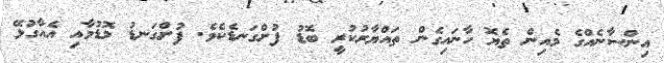
އިންސާނެއްގެ މެއިން ތެޔޮ ހާނައިގެން ތައްޔާރުކުރީ ބޮޑު ފުށްގަނޑެކެވެ. ފުށްގަނޑު މޮޑުމާއި އެއާގުޅޭ